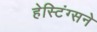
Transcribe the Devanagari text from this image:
हेस्टिंग्सने